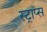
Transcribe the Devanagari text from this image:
स्ट्राप्स